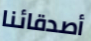
أصدقائنا